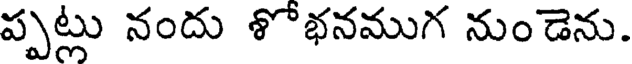
ప్పట్లు నందు శోభనముగ నుండెను.